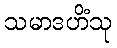
သမာဒဟိံသု